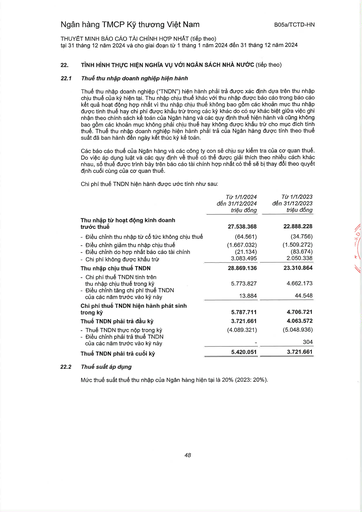
||Từ 1/1/2024 đến 31/12/2024 triệu đồng|Từ 1/1/2023 đến 31/12/2023 triệu đồng| |---|---|---| |Thu nhập từ hoạt động kinh doanh trước thuế|27.538.368|22.888.228| |- Điều chỉnh thu nhập từ cổ tức không chịu thuế|-64.561|-34.756| |- Điều chỉnh giảm thu nhập chịu thuế|-1.667.032|-1.509.272| |- Điều chỉnh do hợp nhất báo cáo tài chính|-21.134|-83.674| |- Chi phí không được khấu trừ|3.083.495|2.050.338| |Thu nhập chịu thuế TNDN|28.869.136|23.310.864| |- Chi phí thuế TNDN tính trên thu nhập chịu thuế trong kỳ|5.773.827|4.662.173| |- Điều chỉnh tăng chi phí thuế TNDN của các năm trước vào kỳ này|13.884|44.548| |Chi phí thuế TNDN hiện hành phát sinh trong kỳ|5.787.711|4.706.721| |Thuế TNDN phải trả đầu kỳ|3.721.661|4.063.572| |- Thuế TNDN thực nộp trong kỳ|-4.089.321|-5.048.936| |- Điều chỉnh phải trả thuế TNDN của các năm trước vào kỳ này||304| |Thuế TNDN phải trả cuối kỳ|5.420.051|3.721.661|